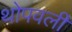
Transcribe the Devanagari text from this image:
थोपवली